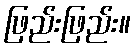
ဖြည်းဖြည်း။